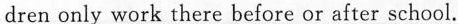
dren only work there before or after school.